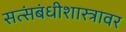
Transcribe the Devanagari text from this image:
सत्संबंधीशास्त्रावर